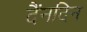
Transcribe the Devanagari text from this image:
दैंनदिन